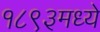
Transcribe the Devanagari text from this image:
१८९३मध्ये